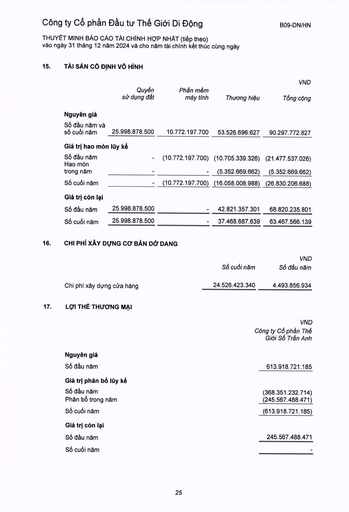
|||||VND| |---|---|---|---|---| ||Quyền sử dụng đất|Phần mềm máy tính|Thương hiệu|Tổng cộng| |Nguyên giá||||| |Số đầu năm và số cuối năm|25.998.878.500|10.772.197.700|53.526.696.627|90.297.772.827| |Giá trị hao mòn|lũy kế|||| |Số đầu năm|-|(10.772.197.700)|(10.705.339.326)|(21.477.537.026)| |Hao mòn trong năm|-|-|(5.352.669.662)|(5.352.669.662)| |Số cuối năm|-|(10.772.197.700)|(16.058.008.988)|(26.830.206.688)| |Giá trị còn lại||||| |Số đầu năm|25.998.878.500|-|42.821.357.301|68.820.235.801| |Số cuối năm|25.998.878.500|-|37.468.687.639|63.467.566.139| ||Số cuối năm|VND Số đầu năm| |---|---|---| |Chi phí xây dựng cửa hàng|24.526.423.340|4.493.856.934| ||VND Công ty Cổ phần Thế Giới Số Trần Anh| |---|---| |Nguyên giá|| |Số đầu năm|613.918.721.185| |Giá trị phân bổ lũy kế|| |Số đầu năm|(368.351.232.714)| |Phân bổ trong năm|(245.567.488.471)| |Số cuối năm|(613.918.721.185)| |Giá trị còn lại|| |Số đầu năm|245.567.488.471| |Số cuối năm||